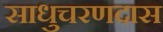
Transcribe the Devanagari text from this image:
साधुचरणदास